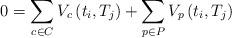
LaTeX: \begin{align*}0=\sum_{c\in C}V_{c}\left(t_{i},T_{j}\right)+\sum_{p\in P}V_{p}\left(t_{i},T_{j}\right)\end{align*}